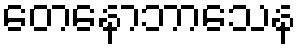
တေနောဘာသေန